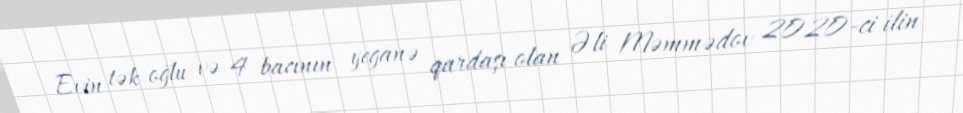
Evin tək oğlu və 4 bacının yeganə qardaşı olan Əli Məmmədov 2020-ci ilin